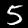
Digit: 5